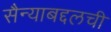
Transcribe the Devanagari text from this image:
सैन्याबद्दलची